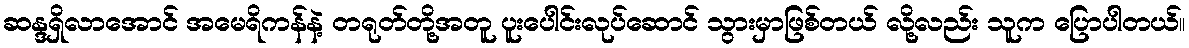
ဆန္ဒရှိလာအောင် အမေရိကန်နဲ့ တရုတ်တို့အတူ ပူးပေါင်းလုပ်ဆောင် သွားမှာဖြစ်တယ် လို့လည်း သူက ပြောပါတယ်။